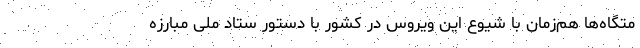
متگاه‌ها هم‌زمان با شیوع این ویروس در کشور با دستور ستاد ملی مبارزه